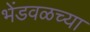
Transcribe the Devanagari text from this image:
भेंडवळच्या